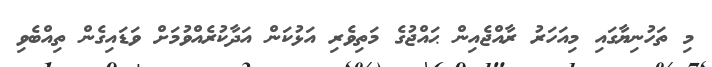
މި ތަހުނިޔާގައި މިއަހަރު ރާއްޖެއިން ޙައްޖުގެ މަތިވެރި އަޅުކަން އަދާކުރެއްވުމަށް ވަޑައިގެން ތިއްބެވި